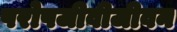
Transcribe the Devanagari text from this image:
परोपजीवीजीवन